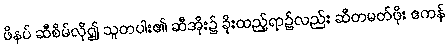
ဖိနပ် ဆီစိမ်လို၍ သူတပါး၏ ဆီအိုး၌ ခိုးထည့်ရာ၌လည်း ဆီတမတ်ဖိုး ဧကန်